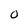
Character: O